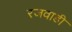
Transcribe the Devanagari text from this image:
रजवाडी